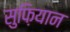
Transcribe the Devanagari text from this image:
सुफ़ियान